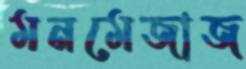
মনমেজাজ